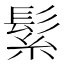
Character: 𮫅